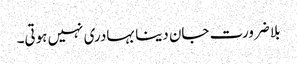
بلا ضرورت جان دینا بہادری نہیں ہوتی۔